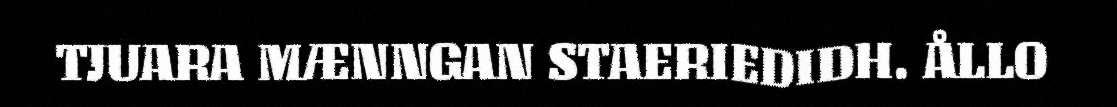
TJUARA MÆNNGAN STAERIEDIDH. ÅLLO